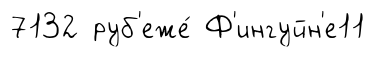
7132 руб'еже́ Ф'ингуйн'е11